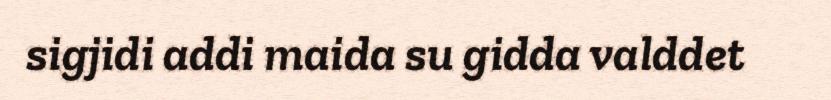
sigjidi addi maida su gidda valddet